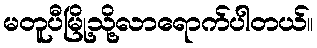
မတူပီမြို့သို့လာရောက်ပါတယ်။